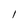
Character: l